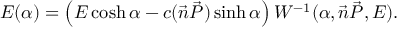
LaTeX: E ( \alpha ) = \left( E \cosh \alpha - c ( \vec { n } \vec { P } ) \sinh \alpha \right) { \cal { W } } ^ { - 1 } ( \alpha , \vec { n } \vec { P } , E ) .